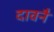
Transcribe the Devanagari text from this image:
दावनै